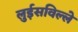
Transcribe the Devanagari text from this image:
लुईसविल्ले